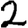
Digit: 2